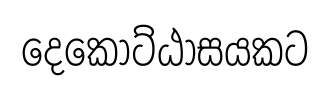
දෙකොට්ඨාසයකට